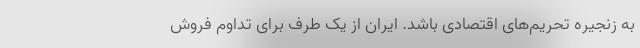
به زنجیره تحریم‌های اقتصادی باشد. ایران از یک طرف برای تداوم فروش